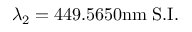
\lambda _ { 2 } = 4 4 9 . 5 6 5 0 \mathrm { n m } \; \mathrm { S . I . }